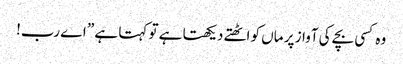
وہ کسی بچے کی آواز پر ماں کو اٹھتے دیکھتا ہے تو کہتا ہے ” اے رب!